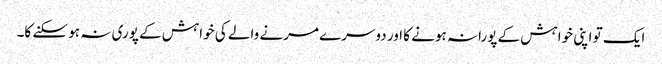
ایک تو اپنی خواہش کے پورانہ ہونے کا اور دوسرے مرنے والے کی خواہش کے پوری نہ ہو سکنے کا۔